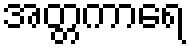
အတ္တကာရေ